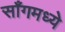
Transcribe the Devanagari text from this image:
साँगमध्ये